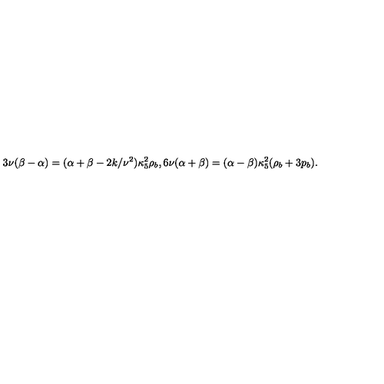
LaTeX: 3 \nu ( \beta - \alpha ) = ( \alpha + \beta - 2 k / \nu ^ { 2 } ) \kappa _ { 5 } ^ { 2 } \rho _ { b } , 6 \nu ( \alpha + \beta ) = ( \alpha - \beta ) \kappa _ { 5 } ^ { 2 } ( \rho _ { b } + 3 p _ { b } ) .